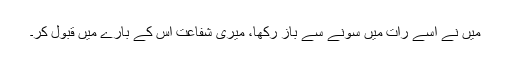
میں نے اسے رات میں سونے سے باز رکھا، میری شفاعت اُس کے بارے میں قبول کر۔